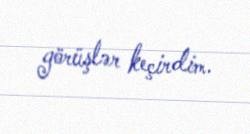
görüşlər keçirdim.